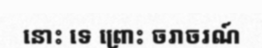
នោះ ទេ ព្រោះ ចរាចរណ៍